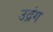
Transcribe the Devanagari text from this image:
उद्रंग